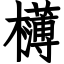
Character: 欂